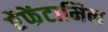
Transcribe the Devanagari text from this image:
ऐंफेंटामिन